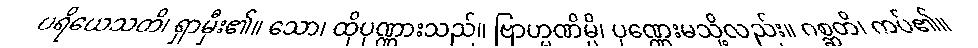
ပရိယေသတိ၊ ရှာမှီး၏။ သော၊ ထိုပုဏ္ဏားသည်။ ဗြာဟ္မဏိမ္ပိ၊ ပုဏ္ဏေးမသို့လည်း။ ဂစ္ဆတိ၊ ကပ်၏။